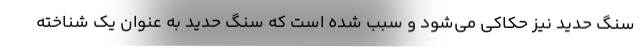
سنگ حدید نیز حکاکی می‌شود و سبب شده است که سنگ حدید به عنوان یک شناخته